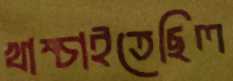
খাম্‌চাইতেছিল